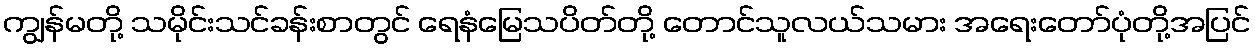
ကျွန်မတို့ သမိုင်းသင်ခန်းစာတွင် ရေနံမြေသပိတ်တို့ တောင်သူလယ်သမား အရေးတော်ပုံတို့အပြင်